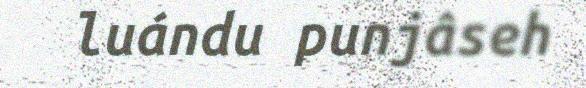
luándu punjâseh